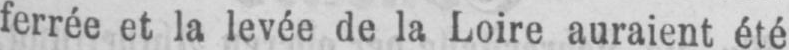
ferrée et la levée de la Loire auraient été